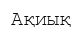
Ақиық